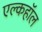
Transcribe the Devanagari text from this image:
एल्कहॉल